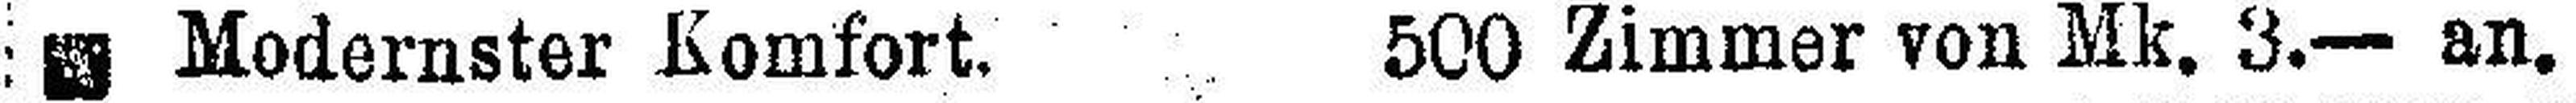
Modernster Komfort. 500 Zimmer von Mk. 3.— an.